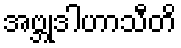
အဗ္ဘုဒါဟာသီတိ